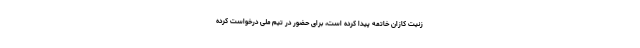
زنیت کازان خاتمه پیدا کرده است، برای حضور در تیم ملی درخواست کرده